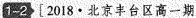
1-2 [ 2018·北京丰台区高一期